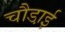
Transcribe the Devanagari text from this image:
चौडा़ई